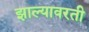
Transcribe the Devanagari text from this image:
झाल्यावरती